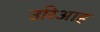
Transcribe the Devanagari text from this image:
उरिआह